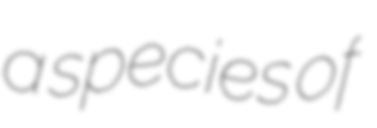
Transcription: a species of